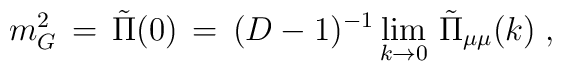
m^2_G \,=\, {\tilde \Pi}(0) \,=\, (D-1)^{-1} \lim_{k\to0} \, {\tilde \Pi}_{\mu\mu}(k) \;,